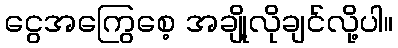
ငွေအကြွေစေ့ အချို့လိုချင်လို့ပါ။